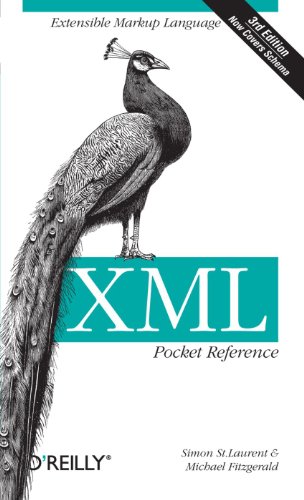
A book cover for XML Pocket Reference (Pocket Reference (O'Reilly)); Simon St. Laurent; Computers & Technology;